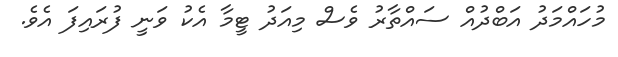
މުހައްމަދު އަބްދުއް ސައްތާރު ވެސް މިއަދު ޓީމާ އެކު ވަނީ ފުރައިފަ އެވެ.